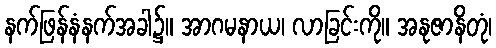
နက်ဖြန်နံနက်အခါ၌။ အာဂမနာယ၊ လာခြင်းကို။ အနုဇာနိတုံ၊